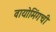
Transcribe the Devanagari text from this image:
वायोमिंगची